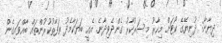
ދިޔާނާ: ދުނިޔޭގެ ކޯޓަށް މިހާރު މިސަރުކާރު ގެންދެވިދާނެ. އެއީ ބަޔަކާމެދު ތަފާތުކުރުންތައް ބާއްވައިގެން